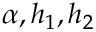
\alpha , h _ { 1 } , h _ { 2 }